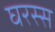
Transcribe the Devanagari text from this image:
घरस्स